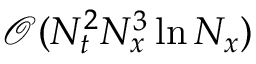
\mathcal { O } ( N _ { t } ^ { 2 } N _ { x } ^ { 3 } \ln { N _ { x } } )